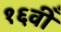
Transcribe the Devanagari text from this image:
१६वीँ